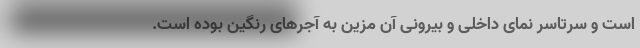
است و سرتاسر نمای داخلی و بیرونی آن مزین به آجرهای رنگین بوده است.